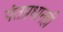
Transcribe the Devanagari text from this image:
पंतप्रधानही